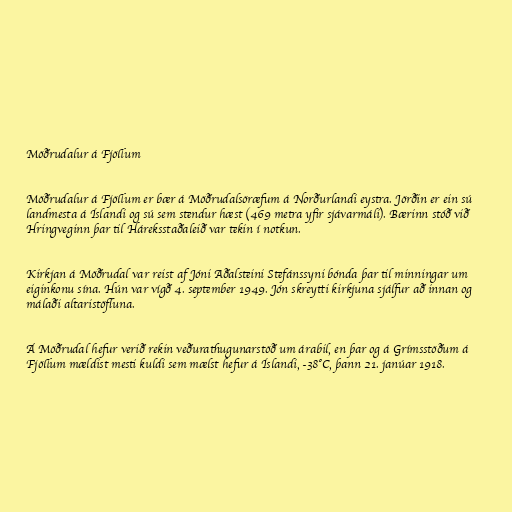
Möðrudalur á Fjöllum

Möðrudalur á Fjöllum er bær á Möðrudalsöræfum á Norðurlandi eystra. Jörðin er ein sú
landmesta á Íslandi og sú sem stendur hæst (469 metra yfir sjávarmáli). Bærinn stóð við
Hringveginn þar til Háreksstaðaleið var tekin í notkun.

Kirkjan á Möðrudal var reist af Jóni Aðalsteini Stefánssyni bónda þar til minningar um
eiginkonu sína. Hún var vígð 4. september 1949. Jón skreytti kirkjuna sjálfur að innan og
málaði altaristöfluna.

Á Möðrudal hefur verið rekin veðurathugunarstöð um árabil, en þar og á Grímsstöðum á
Fjöllum mældist mesti kuldi sem mælst hefur á Íslandi, -38°C, þann 21. janúar 1918.